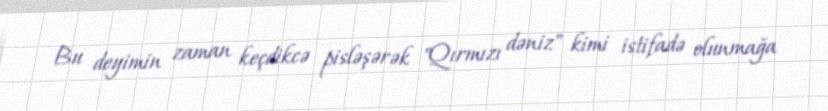
Bu deyimin zaman keçdikcə pisləşərək "Qırmızı dəniz" kimi istifadə olunmağa